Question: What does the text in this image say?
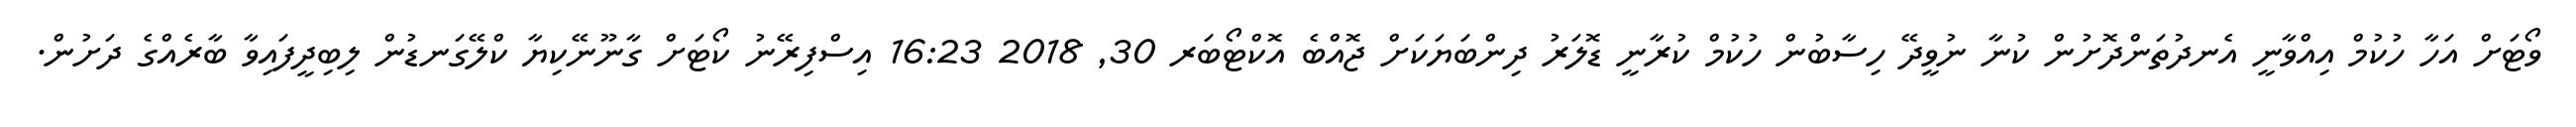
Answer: ވޯޓަށް އަހާ ހުކުމް އިއްވާނީ އެނދުތަންދޮށުން ކުނާ ނުވީދޭ ހިސާބުން ހުކުމް ކުރާނީ ޑޮލަރު ދިންބަޔަކަށް ޖޮއްބެ އޮކްޓޯބަރ 30, 2018 16:23 އިސްފިރޭނު ކޯޓަށް ގާނޫނޭކިޔާ ކްލޭގަނޑުން ލިބިދީފައިވާ ބާރެއްގެ ދަށުން.